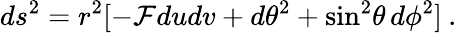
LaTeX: ds^{2}=r^{2}[-{\cal F}dudv+d\theta^{2}+\sin^{2}\! \theta\, d\phi^{2}]\: .